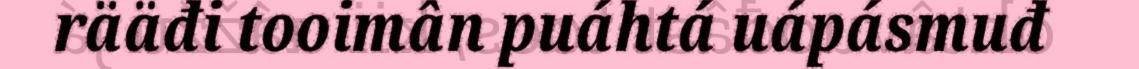
rääđi tooimân puáhtá uápásmuđ